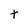
Character: t